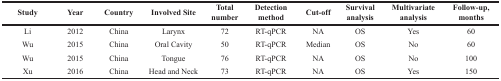
| Study | Year | Country | Involved Site | Total number | Detection method | Cut-off | Survival analysis | Multivariate analysis | Follow-up, months |
 | --- | --- | --- | --- | --- | --- | --- | --- | --- | --- |
 | Li | 2012 | China | Larynx | 72 | RT-qPCR | NA | OS | Yes | 60 |
 | Wu | 2015 | China | Oral Cavity | 50 | RT-qPCR | Median | OS | No | 60 |
 | Wu | 2015 | China | Tongue | 76 | RT-qPCR | NA | OS | No | 100 |
 | Xu | 2016 | China | Head and Neck | 73 | RT-qPCR | NA | OS | Yes | 150 |